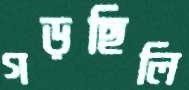
গড়ছিলি